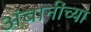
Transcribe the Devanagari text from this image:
अंबानींच्या